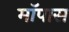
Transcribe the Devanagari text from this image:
मॉपास